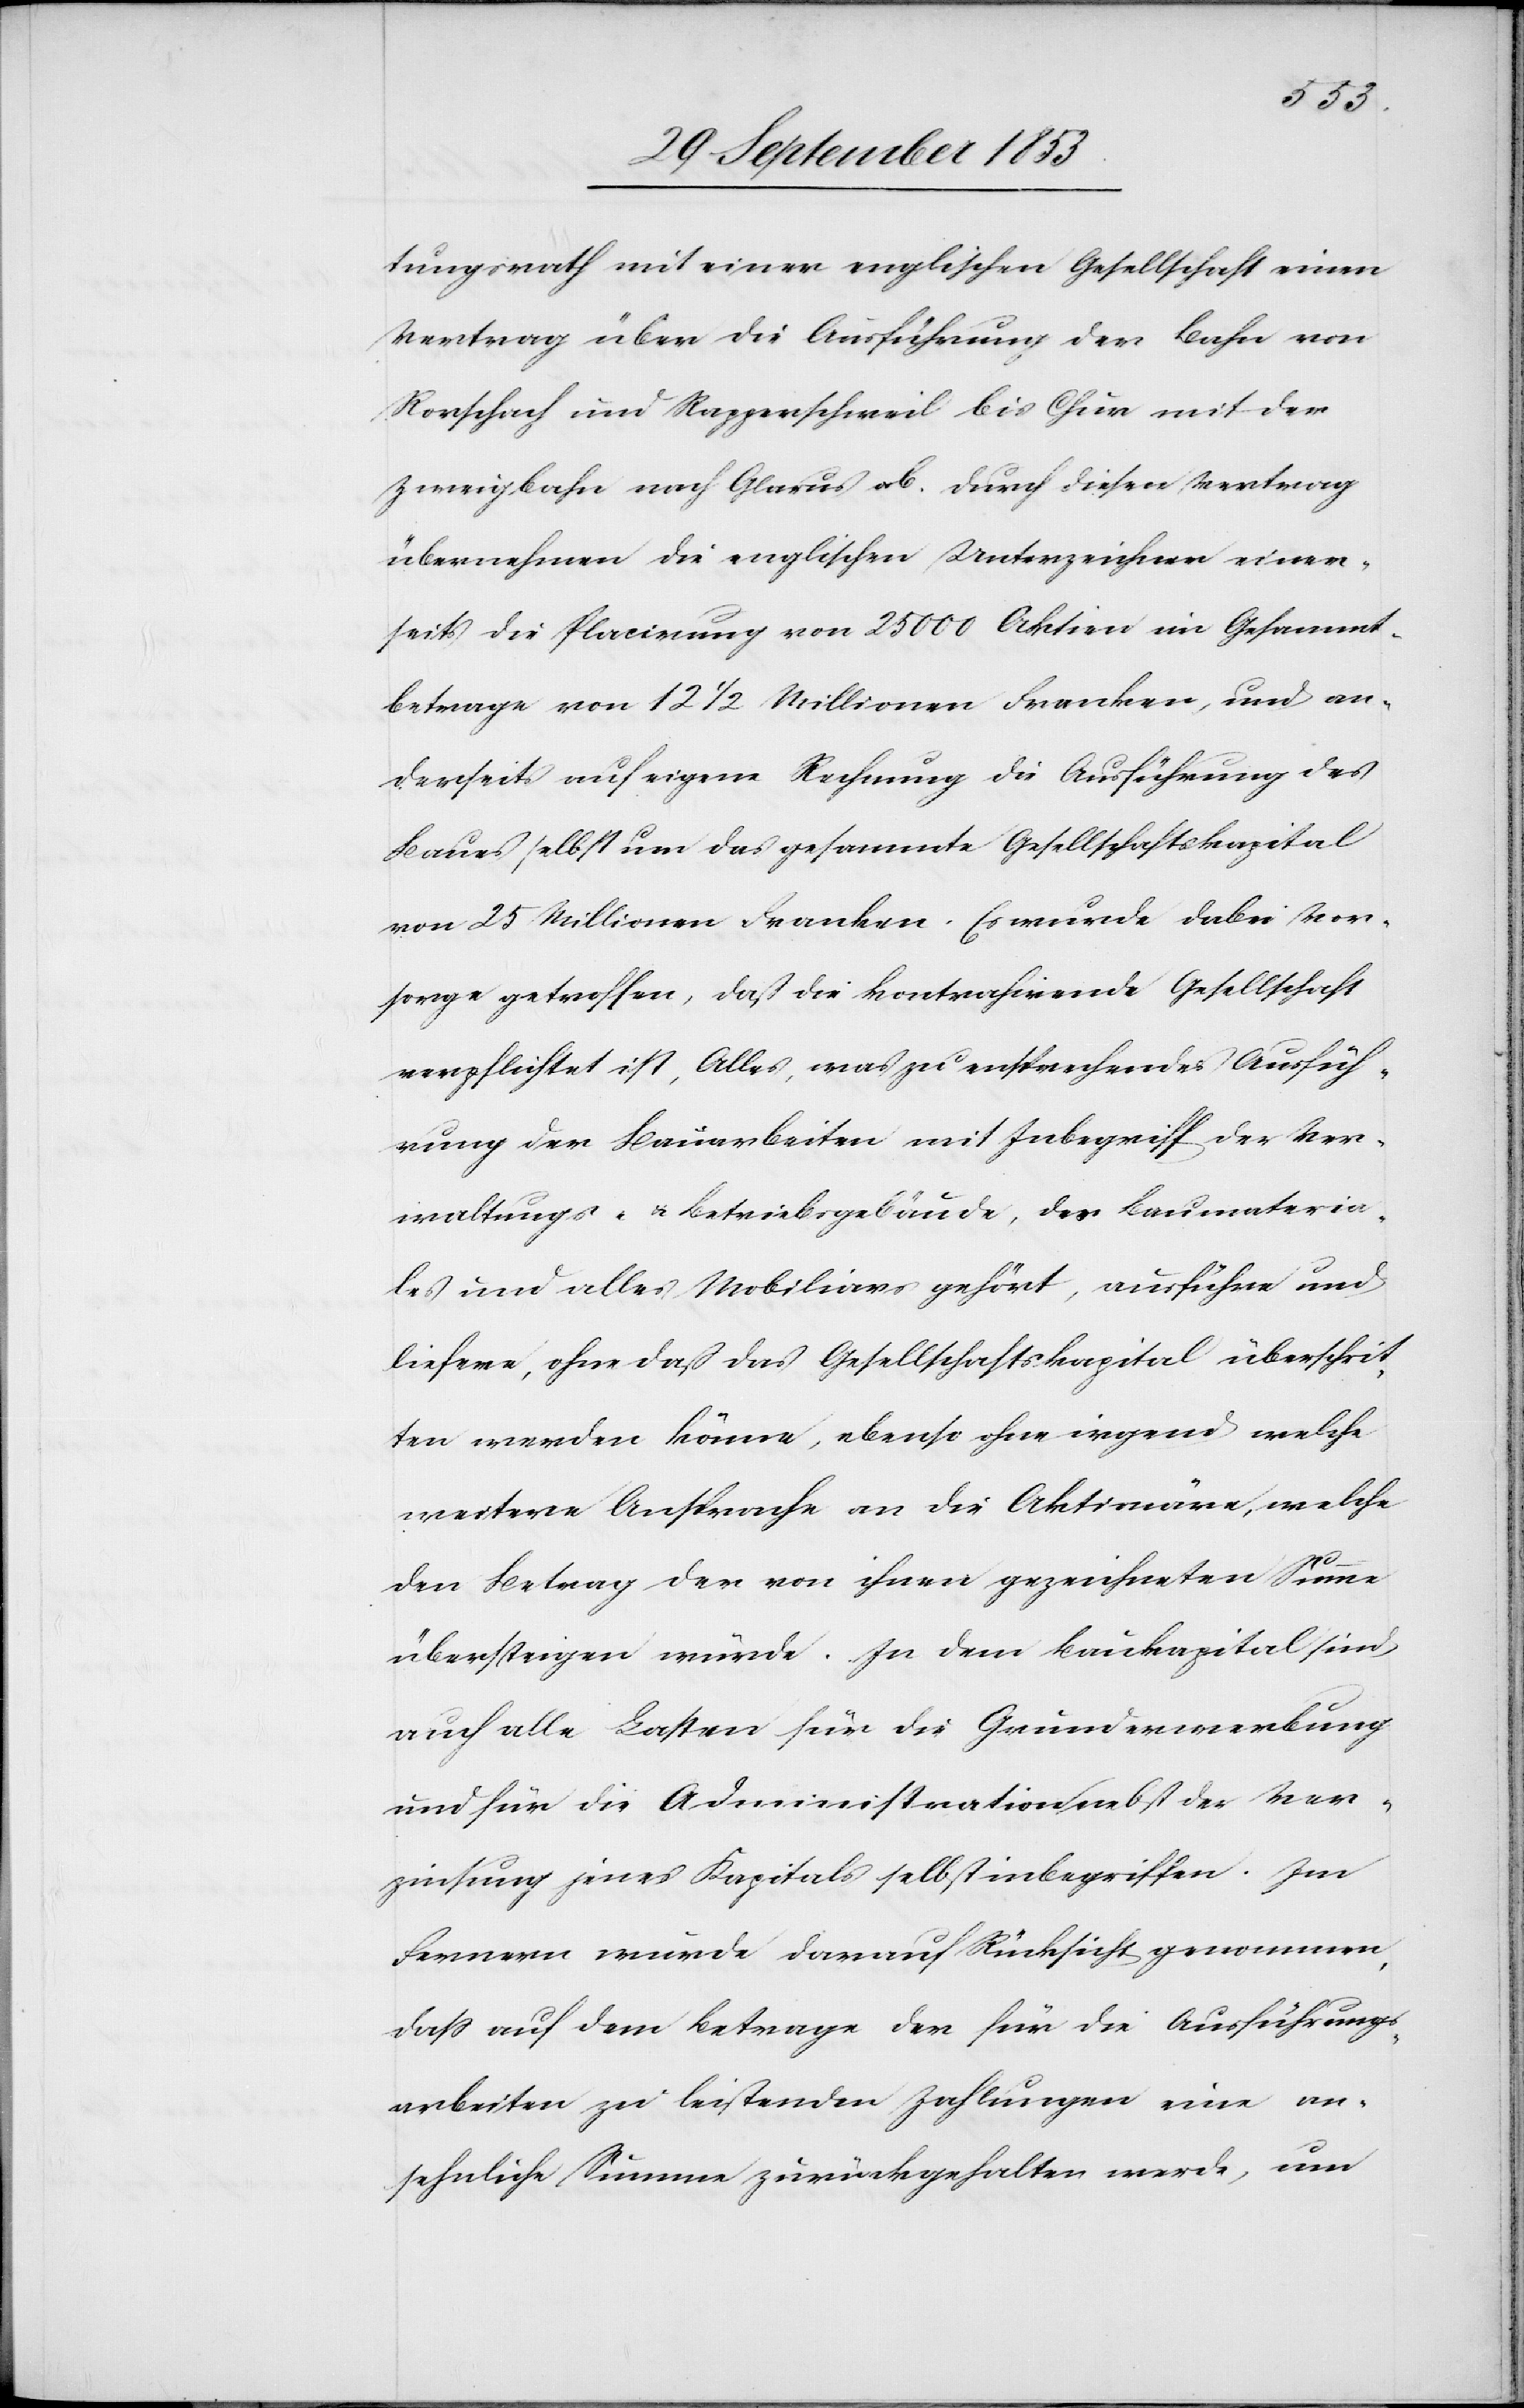
tungsrath mit einer englischen Gesellschaft einen
Vertrag über die Ausführung der Bahn von
Rorschach und Rapperschweil bis Chur mit der
Zweigbahn nach Glarus ab. Durch diesen Vertrag
übernahmen die englischen Unterzeichner einer¬
seits die Placirung von 25 000 Aktien im Gesammt¬
betrage von 12 1/2 Millionen Franken, und an¬
derseits auf eigene Rechnung die Ausführung des
Baues selbst um das gesammte Gesellschaftskapital
von 25 Millionen Franken. Es wurde dabei Vor¬
sorge getroffen, daß die kontrahirende Gesellschaft
verpflichtet ist, Alles, was zu entsprechender Ausfüh¬
rung der Bauarbeiten mit Inbegriff der Ver¬
waltungs- u. Betriebsgebäude, des Baumateria¬
les und alles Mobiliar gehört, ausführe und
liefere, ohne daß das Gesellschaftskapital überschrit¬
ten werden könne, ebenso ohne irgend welche
weitere Ansprache an die Aktionäre, welche
den Betrag der von ihnen gezeichneten Summe
übersteigen würde. In dem Baukapital sind
auch alle Lasten für die Grundverwendung
und für die Administration nebst Ver¬
zinsung jenes Kapitals selbst inbegriffen. Im
Fernern wurde darauf Rücksicht genommen,
daß auf dem Betrage der für die Ausführungs¬
arbeiten zu leistenden Zahlungen eine an¬
sehnliche Summe zurückgehalten werde, um